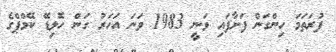
ފުރަތަމަ ހިންގަން ފަށާފައި ވަނީ 1983 ވަނަ އަހަރު ގަން ހޮލިޑޭ ކޭމްޕްގެ